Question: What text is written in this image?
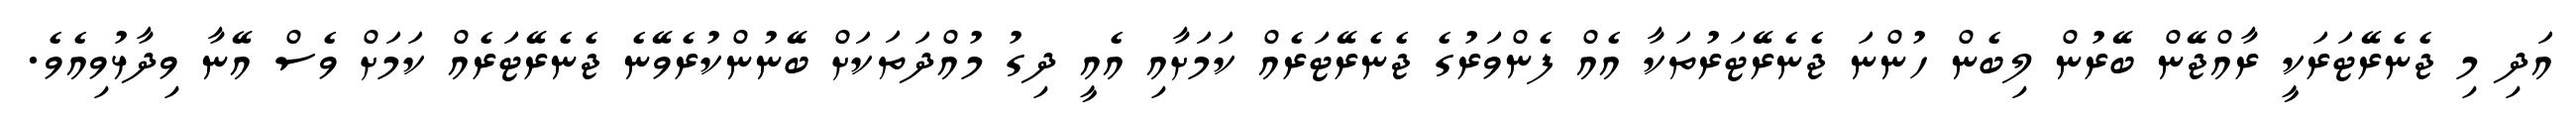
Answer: އަދި މި ޖެނެރޭޓަރަކީ ރާއްޖޭން ބޭރުން ލިބެން ހުންނަ ޖެނެރޭޓަރުތަކާ އެއް ފެންވަރުގެ ޖެނެރޭޓަރެއް ކަމަށާއި އެއީ ދިގު މުއްދަތަކަށް ބޭނުންކުރެވޭނެ ޖެނެރޭޓަރެއް ކަމަށް ވެސް އޭނާ ވިދާޅުވިއެވެ.